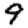
Digit: 9